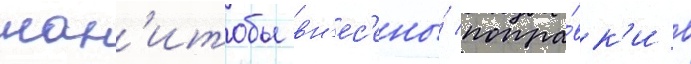
ман'итобы вн'ес'ены́ попра́вк'и в